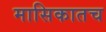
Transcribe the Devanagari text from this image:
मासिकातच